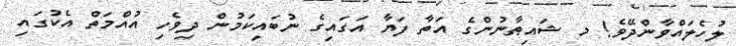
ލުހެލައްވާންދޭވެ! މ ޝައިޠާނުންގެ އަތާ ފަޔާ އަގައިގެ ނުބައިކަމުން ދިވެހި އުއްމަތް އެކުގައި